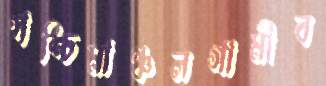
পশ্চিমাঞ্চলগামীব